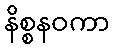
နိစ္စနဝကာ